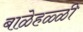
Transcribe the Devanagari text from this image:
बाळेहळ्ळी